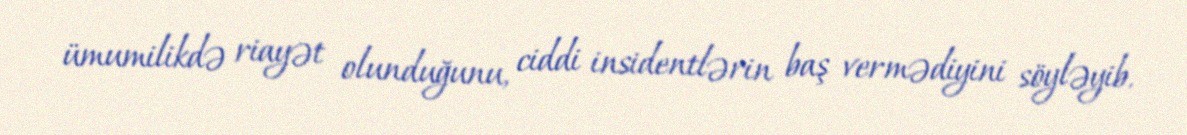
ümumilikdə riayət olunduğunu, ciddi insidentlərin baş vermədiyini söyləyib.